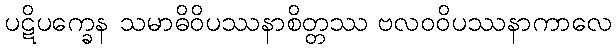
ပဋိပက္ခေန သမာဓိဝိပဿနာစိတ္တဿ ဗလဝဝိပဿနာကာလေ